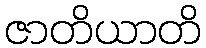
ဇာတိယာတိ